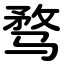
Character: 骛